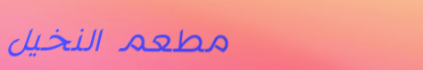
مطعم النخيل